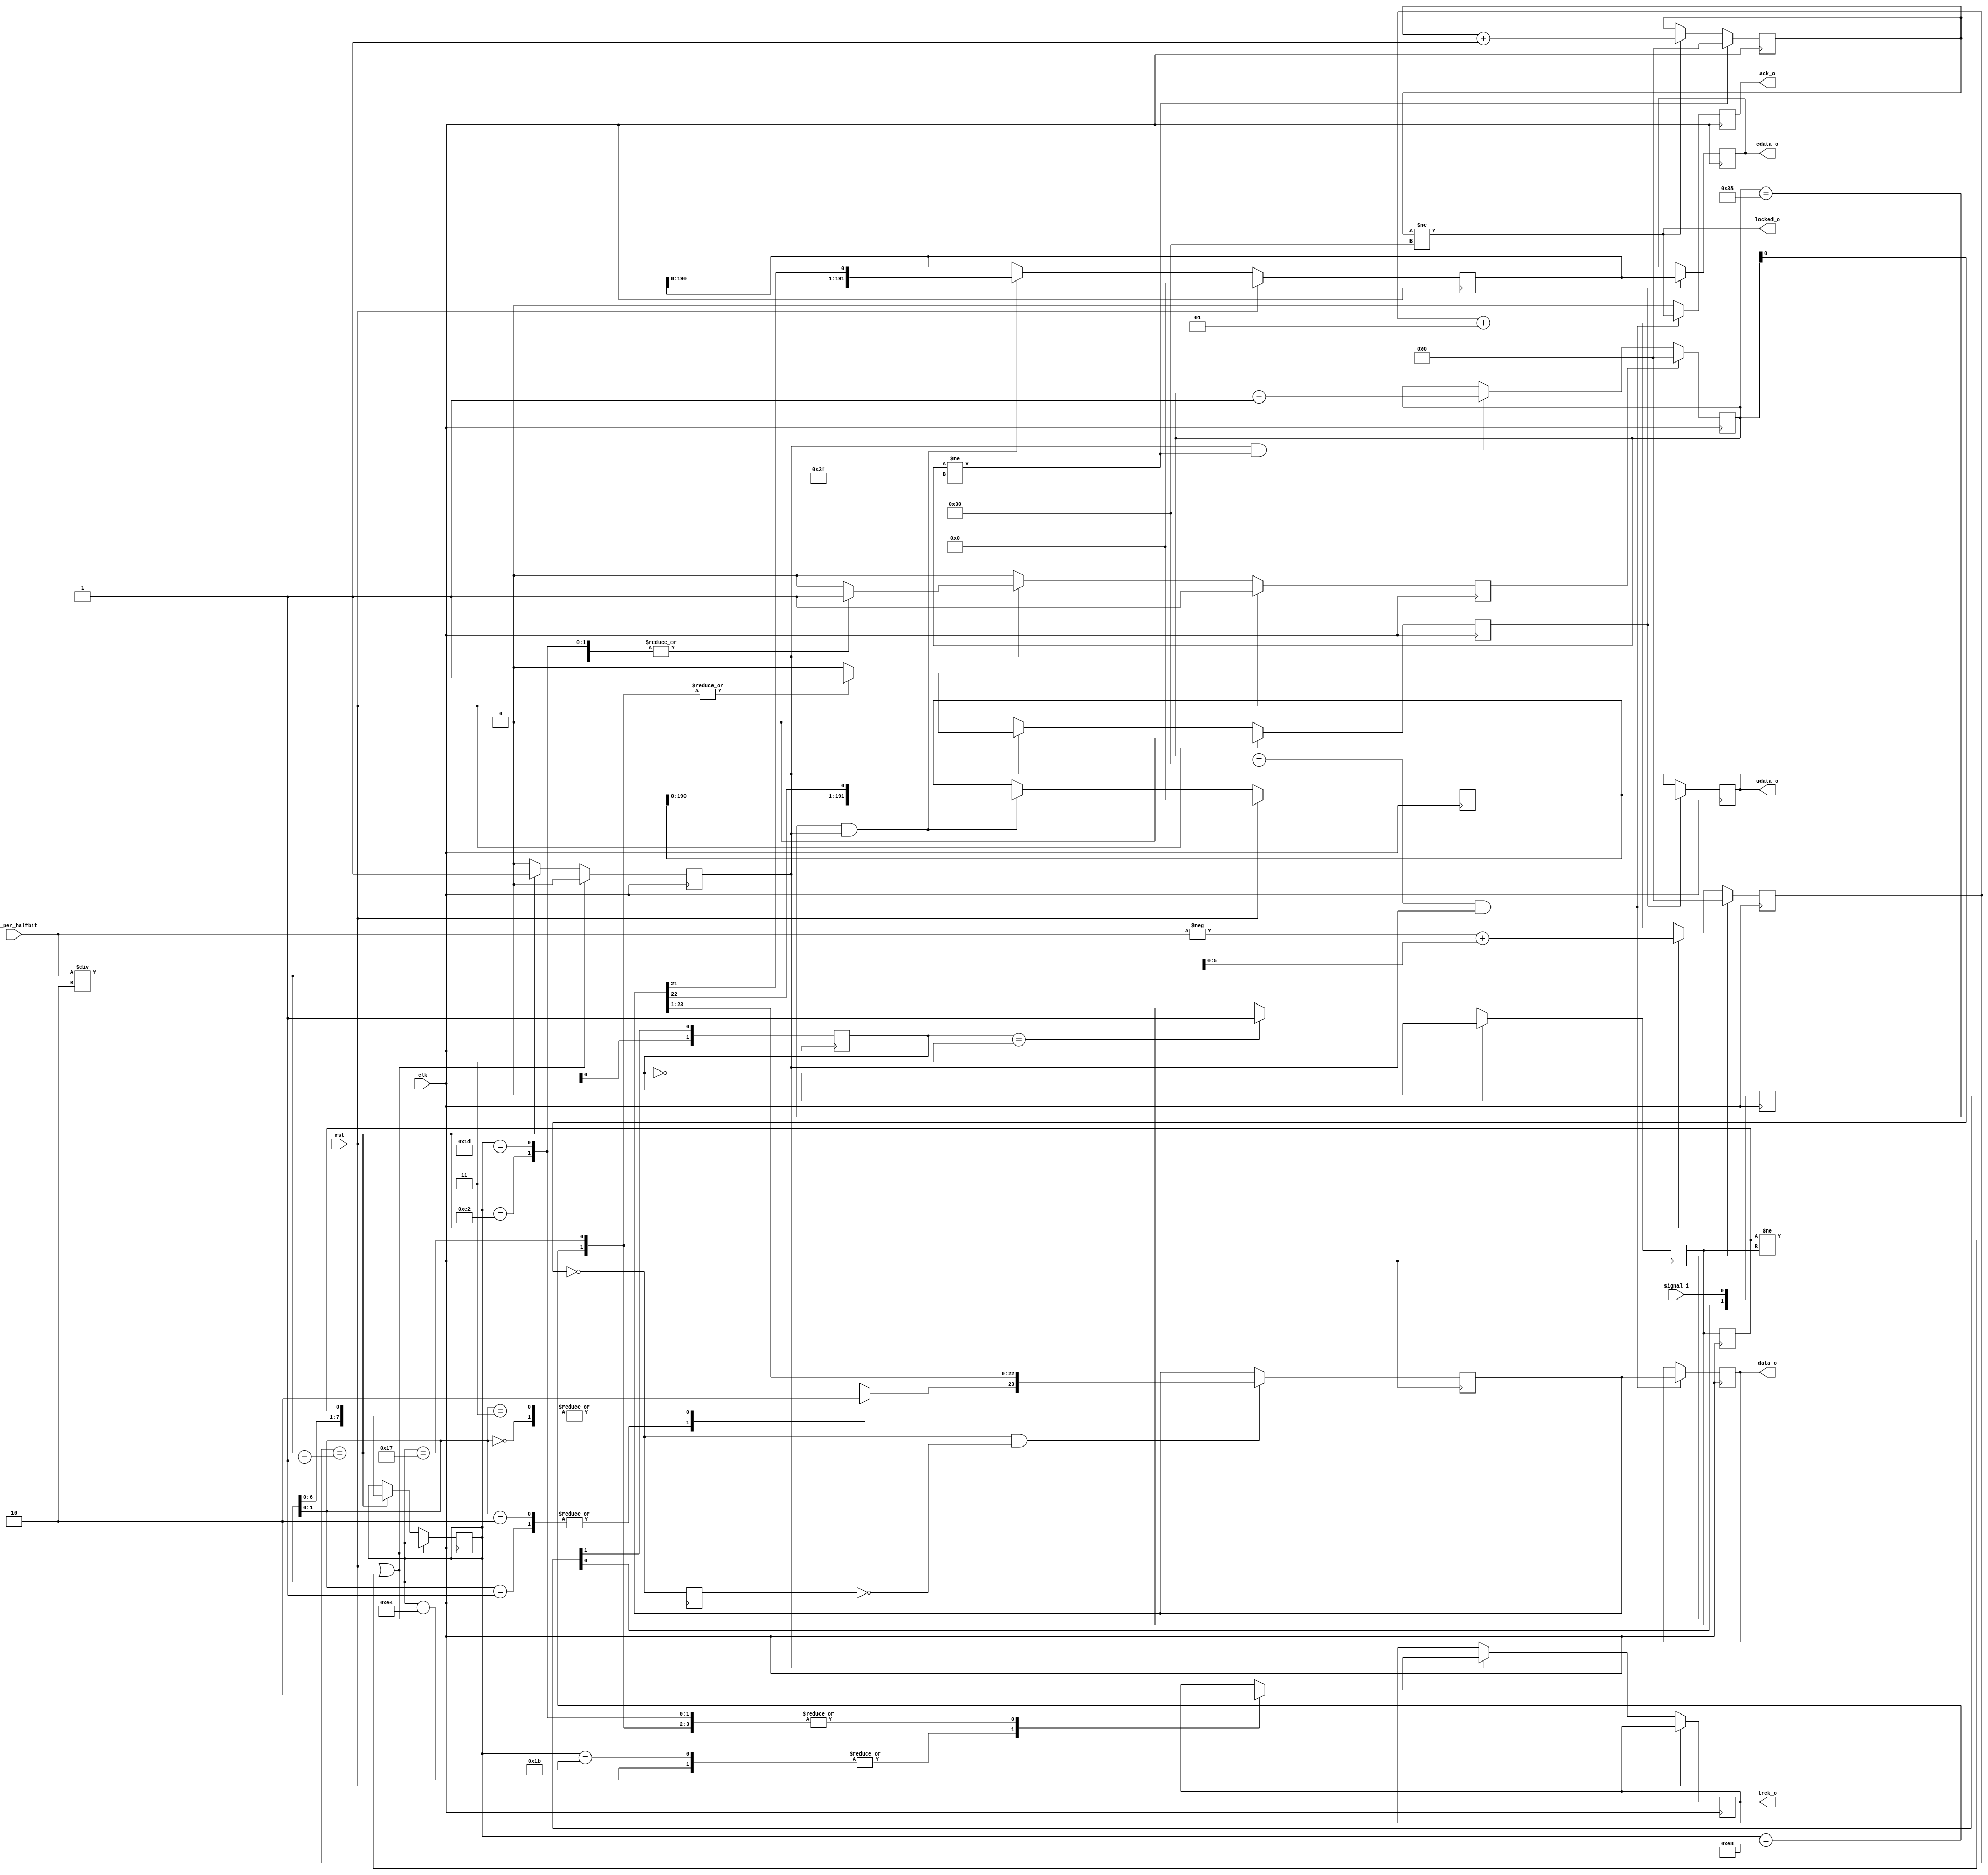
module spdif_dai #(
    parameter MAX_CLK_PER_HALFBIT_LOG2 = 5 // 32 max
)(
    input wire clk,
    input wire rst,

    input wire [(MAX_CLK_PER_HALFBIT_LOG2-1):0] clk_per_halfbit,
    input wire signal_i,

    output wire [23:0] data_o,
    output wire ack_o,
    output wire locked_o,
    output wire lrck_o,
    output wire [191:0] udata_o,
    output wire [191:0] cdata_o);

// read async signal through chained ffs to avoid meta stable
wire buffed_signal;
parameter BUF_LEN = 2;
reg [(BUF_LEN-1):0] buf_ff;
always @(posedge clk)
    buf_ff <= {buf_ff[(BUF_LEN-2):0], signal_i};
assign buffed_signal = buf_ff[BUF_LEN-1];

parameter HIST_LEN = 2;
reg [(HIST_LEN-1):0] lvl_history_ff;
always @(posedge clk)
    lvl_history_ff <= {lvl_history_ff[(HIST_LEN-2):0], buffed_signal};

reg lvl_probe_ff;
always @(posedge clk)
    if(lvl_history_ff[(HIST_LEN-1):(HIST_LEN-2)] == 2'b00)
        lvl_probe_ff <= 0;
    else if (lvl_history_ff[(HIST_LEN-1):(HIST_LEN-2)] == 2'b11)
        lvl_probe_ff <= 1;

wire lvl_probe = lvl_probe_ff;
reg last_lvl;
always @(posedge clk)
    last_lvl <= lvl_probe;

reg [7:0] subbit_hist_ff;
reg subbit_ready_ff;
reg signed [MAX_CLK_PER_HALFBIT_LOG2:0] pulse_duration;
always @(posedge clk) begin
    subbit_ready_ff <= 0;

    if(rst || last_lvl != lvl_probe) begin
        pulse_duration <= 0;
    end else if(pulse_duration == clk_per_halfbit/2 - 1) begin
        pulse_duration <= -clk_per_halfbit + clk_per_halfbit/2;
        subbit_hist_ff <= {subbit_hist_ff[6:0], last_lvl};
        subbit_ready_ff <= 1;
    end else
        pulse_duration <= pulse_duration + 1;
end

wire subbit_ready = subbit_ready_ff;
wire [7:0] synccode = subbit_hist_ff;

wire subbit_counter_rst;
reg [5:0] subbit_counter;
parameter SUBBIT_COUNTER_UNLOCKED = 6'h3f;
always @(posedge clk) begin
    if(subbit_counter_rst)
        subbit_counter <= 0;
    else if(subbit_ready && subbit_counter != SUBBIT_COUNTER_UNLOCKED)
        subbit_counter <= subbit_counter + 1;
end

wire fullbit_signal = (subbit_counter[0] == 1'b0);
reg fullbit_signal_prev;
always @(posedge clk) begin
    fullbit_signal_prev <= fullbit_signal;
end
wire fullbit_ready = fullbit_signal && !fullbit_signal_prev;

reg bmcdecode_bit_reg;
always @(subbit_hist_ff[1:0]) begin
    case(subbit_hist_ff[1:0])
    2'b10, 2'b01: 
        bmcdecode_bit_reg = 1;
    2'b11, 2'b00:
        bmcdecode_bit_reg = 0;
    endcase
end

reg [23:0] bit_hist_ff;
always @(posedge clk) begin
    if(fullbit_ready) begin
           bit_hist_ff <= {bmcdecode_bit_reg, bit_hist_ff[23:1]};
    end
end

// sync using synccode
parameter SYNCCODE_B1 = 8'b00010111;
parameter SYNCCODE_W1 = 8'b00011011;
parameter SYNCCODE_M1 = 8'b00011101;
parameter SYNCCODE_B2 = ~SYNCCODE_B1;
parameter SYNCCODE_W2 = ~SYNCCODE_W1;
parameter SYNCCODE_M2 = ~SYNCCODE_M1;
reg startframe_ff;
reg subbit_counter_rst_ff;
reg lrck_ff;

always @(posedge clk) begin
    startframe_ff <= 0;
    subbit_counter_rst_ff <= 0;

    if(rst) begin
        subbit_counter_rst_ff <= 1;
    end else if(subbit_ready) begin
        case(synccode)
        SYNCCODE_B1, SYNCCODE_B2: begin
            startframe_ff <= 1;
            lrck_ff <= 0;
            subbit_counter_rst_ff <= 1;
        end
        SYNCCODE_W1, SYNCCODE_W2: begin
            lrck_ff <= 1;
            subbit_counter_rst_ff <= 1;
        end
        SYNCCODE_M1, SYNCCODE_M2: begin
            lrck_ff <= 0;
            subbit_counter_rst_ff <= 1;
        end
        // default: begin end
        endcase
    end
end
assign subbit_counter_rst = subbit_counter_rst_ff;

// output wire locked status / lrck
reg [5:0] unlock_tolerance_counter;
parameter UNLOCK_TOLERANCE = 48;
always @(posedge clk) begin
    if(subbit_counter != SUBBIT_COUNTER_UNLOCKED)
        unlock_tolerance_counter <= 0;
    else if (unlock_tolerance_counter != UNLOCK_TOLERANCE)
        unlock_tolerance_counter <= unlock_tolerance_counter + 1;
    end
assign locked_o = (unlock_tolerance_counter != UNLOCK_TOLERANCE);
assign lrck_o = lrck_ff;

// output wire data
wire audiodata_ready = (subbit_counter == 24*2) && subbit_ready; // subbit_ready is for 1clk pulse width and pipeline wait
reg [23:0] data_ff;
reg ack_ff;
always @(posedge clk) begin
    if(audiodata_ready) begin
    `ifdef DEBUG
        $display("spdif_dai: lr %d recv %h", lrck_o, bit_hist_ff[23:0]);
    `endif
        data_ff <= bit_hist_ff[23:0];
        ack_ff <= locked_o; // only ack if locked
    end else
        ack_ff <= 0;
end
assign data_o = data_ff;
assign ack_o = ack_ff;

// output wire {u,c}data
wire extradata_ready = (subbit_counter == (24+4)*2) && subbit_ready; // subbit_ready is for 1clk pulse width and pipeline wait
reg [191:0] udata_shiftreg;
reg [191:0] cdata_shiftreg;
always @(posedge clk) begin
    if(rst) begin
        udata_shiftreg <= 0;
        cdata_shiftreg <= 0;
    end else if(extradata_ready) begin
        udata_shiftreg <= {udata_shiftreg[190:0], bit_hist_ff[22]};
        cdata_shiftreg <= {cdata_shiftreg[190:0], bit_hist_ff[21]};
    end
end
reg [191:0] udata_ff;
reg [191:0] cdata_ff;
always @(posedge clk) begin
    if(startframe_ff) begin
        udata_ff <= udata_shiftreg;
        cdata_ff <= cdata_shiftreg;
    end
end
assign udata_o = udata_ff;
assign cdata_o = cdata_ff;

endmodule